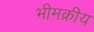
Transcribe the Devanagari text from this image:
भीमक्रीय